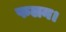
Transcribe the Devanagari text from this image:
फलन।